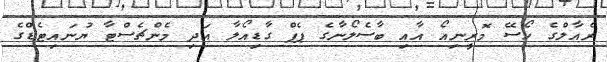
ރެއާލްގެ ހޯސޭ މޮރީނިއޯ އާއި ބާސެލޯނާގެ ޕެޕް ގާޑިއޯލާ އަދި މެންޗެސްޓާ ޔުނައިޓެޑްގެ